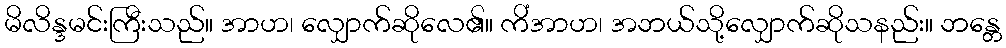
မိလိန္ဒမင်းကြီးသည်။ အာဟ၊ လျှောက်ဆိုလေ၏။ ကိံအာဟ၊ အဘယ်သို့လျှောက်ဆိုသနည်း။ ဘန္တေ